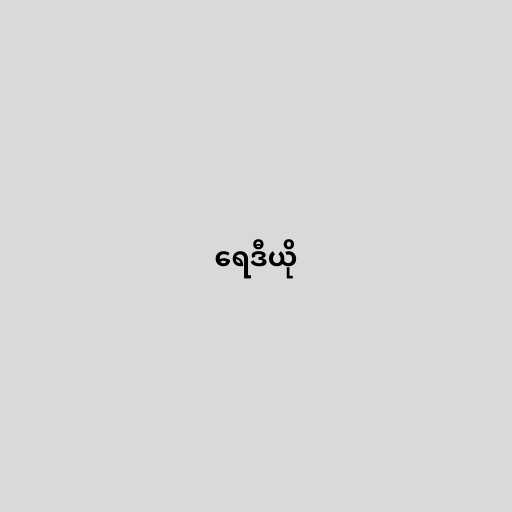
ရေဒီယို